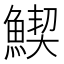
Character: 䱮